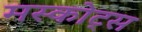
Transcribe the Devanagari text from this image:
मस्कोट्स